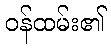
ဝန်ထမ်း၏